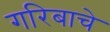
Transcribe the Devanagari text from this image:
गरिबाचे